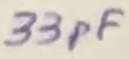
Text: 33pF